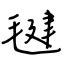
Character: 毽